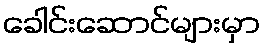
ခေါင်းဆောင်များမှာ